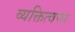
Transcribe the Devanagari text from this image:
व्यक्तित्वपर